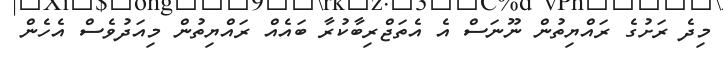
މިދެ ރަށުގެ ރައްޔިތުން ނޫނަސް އެ އެތަޖްރިބާކުރާ ބައެއް ރައްޔިތުން މިއަދުވެސް އެހެން